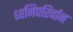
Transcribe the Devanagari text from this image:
ध्वनिपरिर्वान